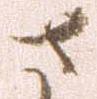
さ